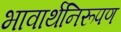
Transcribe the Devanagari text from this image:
भावार्थनिरूपण